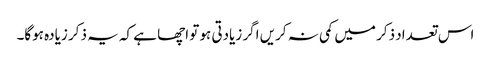
اس تعداد ذکر میں کمی نہ کریں اگر زیادتی ہو تو اچھا ہے کہ یہ ذکر زیادہ ہوگا۔